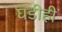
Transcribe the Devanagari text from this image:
घडीही